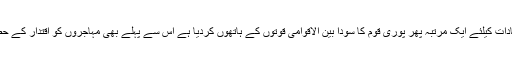
لندن میں بیٹھے شخص نے زاتی مفادات کیلئے ایک مرتبہ پھر پوری قوم کا سودا بین الاقوامی قوتوں کے ہاتھوں کردیا ہے اس سے پہلے بھی مہاجروں کو اقتدار کے حصول کیلئے خریدا اور بیچا جاتا رہا۔